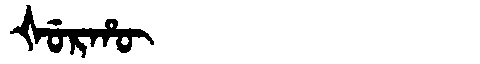
Manchu: ᡧᡠᡵᡥᡡ
Romanization: ŠURHŪ